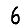
Digit: 6